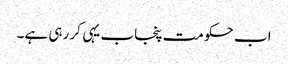
اب حکومت پنجاب یہی کر رہی ہے۔